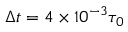
\Delta t = 4 \times 1 0 ^ { - 3 } \tau _ { 0 }